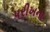
પરીખના